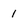
Character: 1